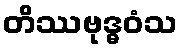
တိဿဗုဒ္ဓဝံသ